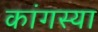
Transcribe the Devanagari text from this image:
कांगस्या